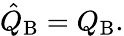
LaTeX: \hat{Q}_{\mathrm{B}}=Q_{\mathrm{B}}.